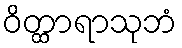
ဝိတ္ထာရာသုဘံ